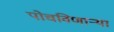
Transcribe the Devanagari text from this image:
पोचविणाऱ्या